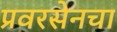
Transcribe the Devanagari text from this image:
प्रवरसेनचा